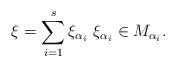
LaTeX: \begin{align*}\xi = \sum_{i=1}^{s}\xi_{\alpha_i} \ \xi_{\alpha_i} \in M_{\alpha_i}.\end{align*}